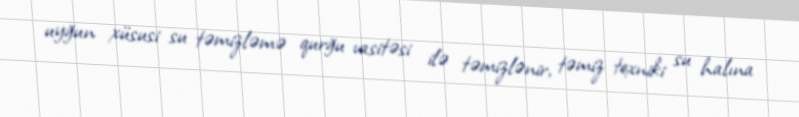
uyğun xüsusi su təmizləmə qurğu vasitəsi ilə təmizlənir, təmiz texniki su halına